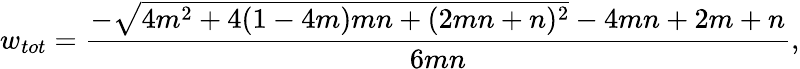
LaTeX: w_{tot}=\frac{-\sqrt{4m^{2}+4(1-4m)mn+(2mn+n)^{2}}-4mn+2m+n}{6mn},